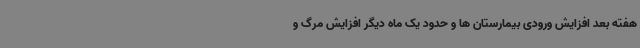
هفته بعد افزایش ورودی بیمارستان ها و حدود یک ماه دیگر افزایش مرگ و